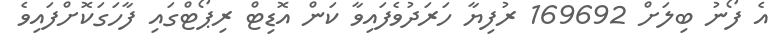
އެ ފޯނު ބިލަށް 169692 ރުފިޔާ ހަރަދުވެފައިވާ ކަން އޮޑިޓް ރިޕޯޓްގައި ފާހަގަކޮށްފައިވެ